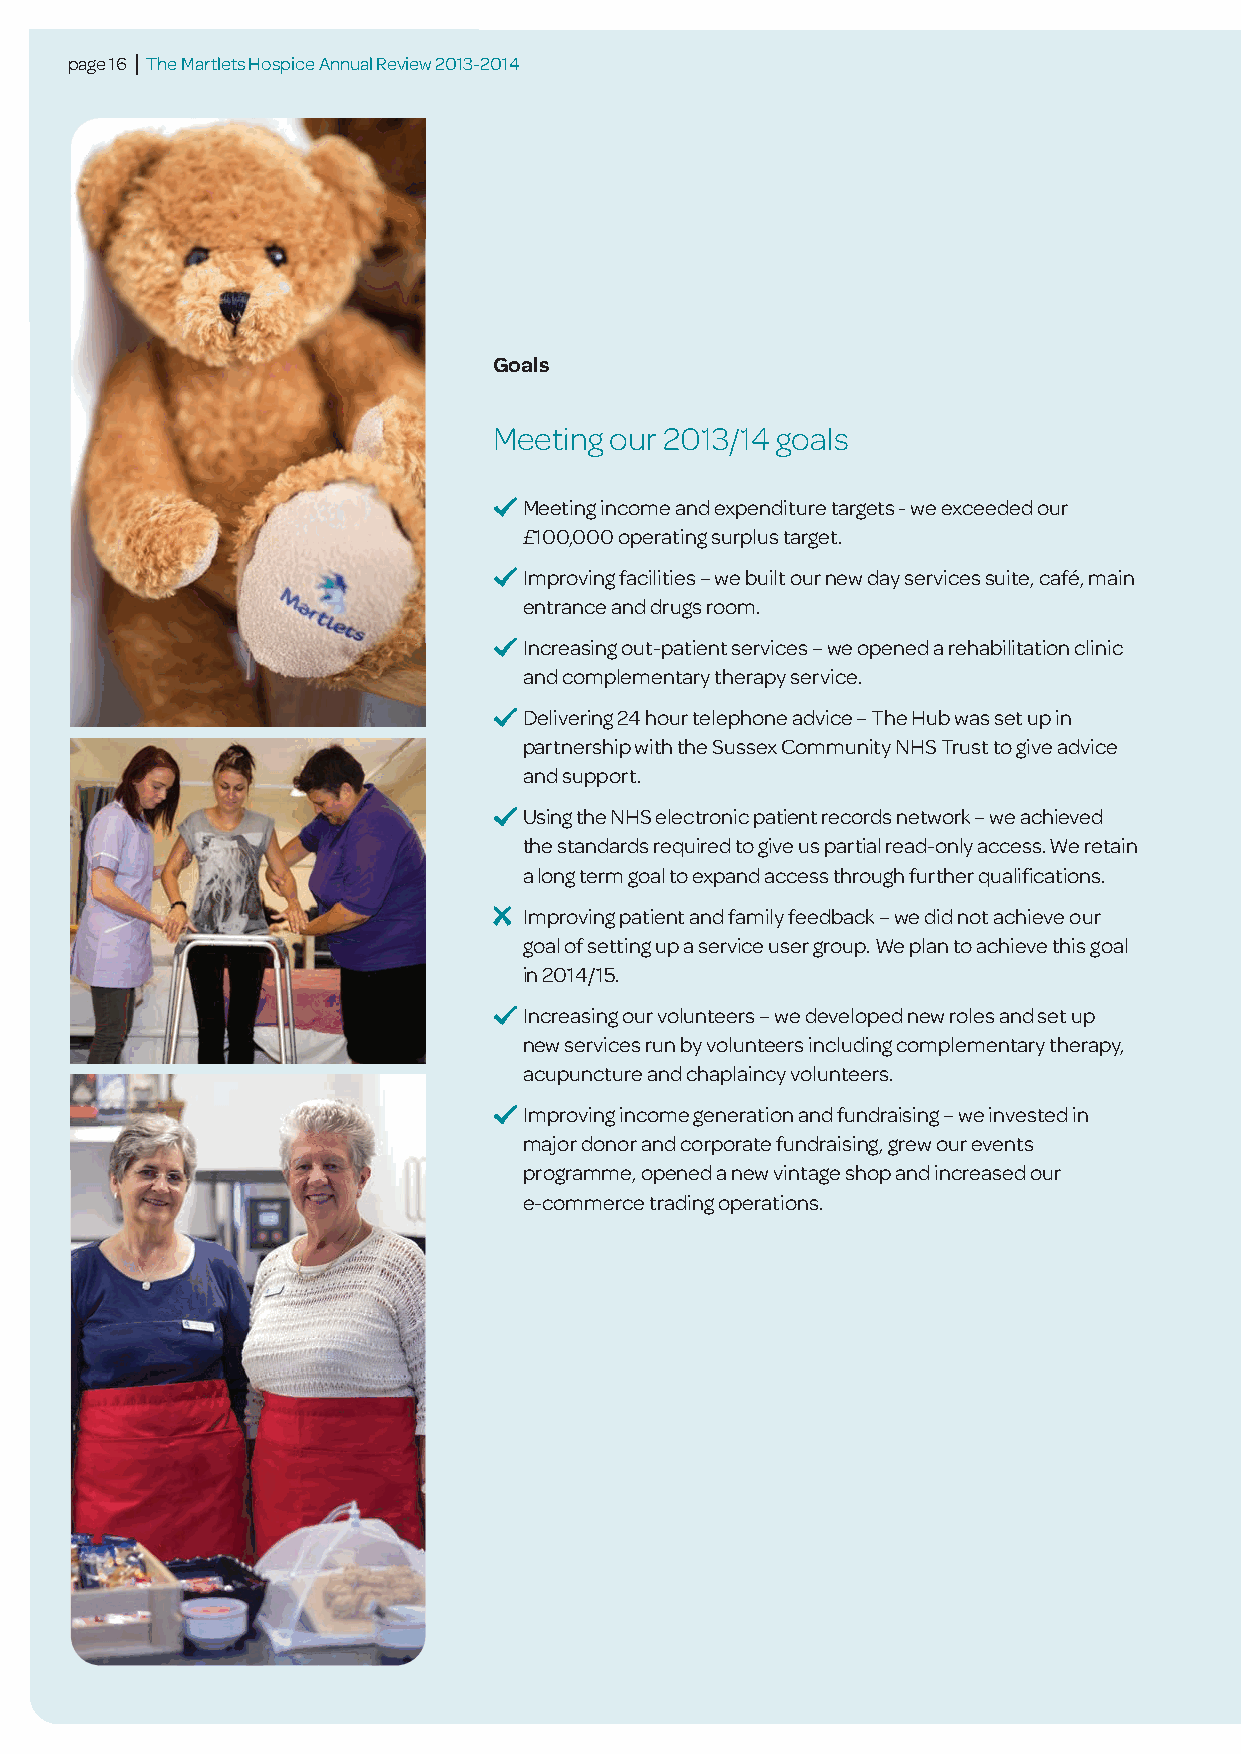
page 16 | The Martlets Hospice Annual Review 2013-2014
 Goals
 Meeting our 2013/14 goals
 Meeting income and expenditure targets - we exceeded our
 £100,000 operating surplus target.
 Improving facilities – we built our new day services suite, café, main
 entrance and drugs room.
 Increasing out-patient services – we opened a rehabilitation clinic
 and complementary therapy service.
 Delivering 24 hour telephone advice – The Hub was set up in
 partnership with the Sussex Community NHS Trust to give advice
 and support.
 Using the NHS electronic patient records network – we achieved
 the standards required to give us partial read-only access. We retain
 a long term goal to expand access through further qualifications.
 Improving patient and family feedback – we did not achieve our
 goal of setting up a service user group. We plan to achieve this goal
 in 2014/15.
 Increasing our volunteers – we developed new roles and set up
 new services run by volunteers including complementary therapy,
 acupuncture and chaplaincy volunteers.
 Improving income generation and fundraising – we invested in
 major donor and corporate fundraising, grew our events
 programme, opened a new vintage shop and increased our
 e-commerce trading operations.